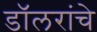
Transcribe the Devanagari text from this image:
डॉलरांचे